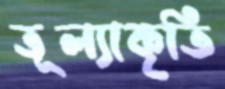
তূল্যাকৃতি